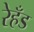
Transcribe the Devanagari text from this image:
रेहँड